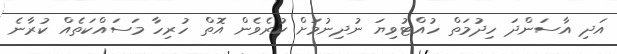
އަދި އާސަންދަ ހިދުމަތް ހުއްޓުވިޔަ ނުދިނުމަށް ކުރެވެން އޮތް ހުރިހާ މަސައްކަތެއް ކުރާނެ